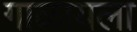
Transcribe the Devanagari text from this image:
गाळायला